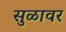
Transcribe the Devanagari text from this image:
सुळावर